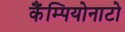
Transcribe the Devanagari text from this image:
कैंम्पियोनाटो